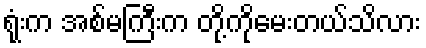
ရုံးက အစ်မကြီးက တို့ကိုမေးတယ်သိလား